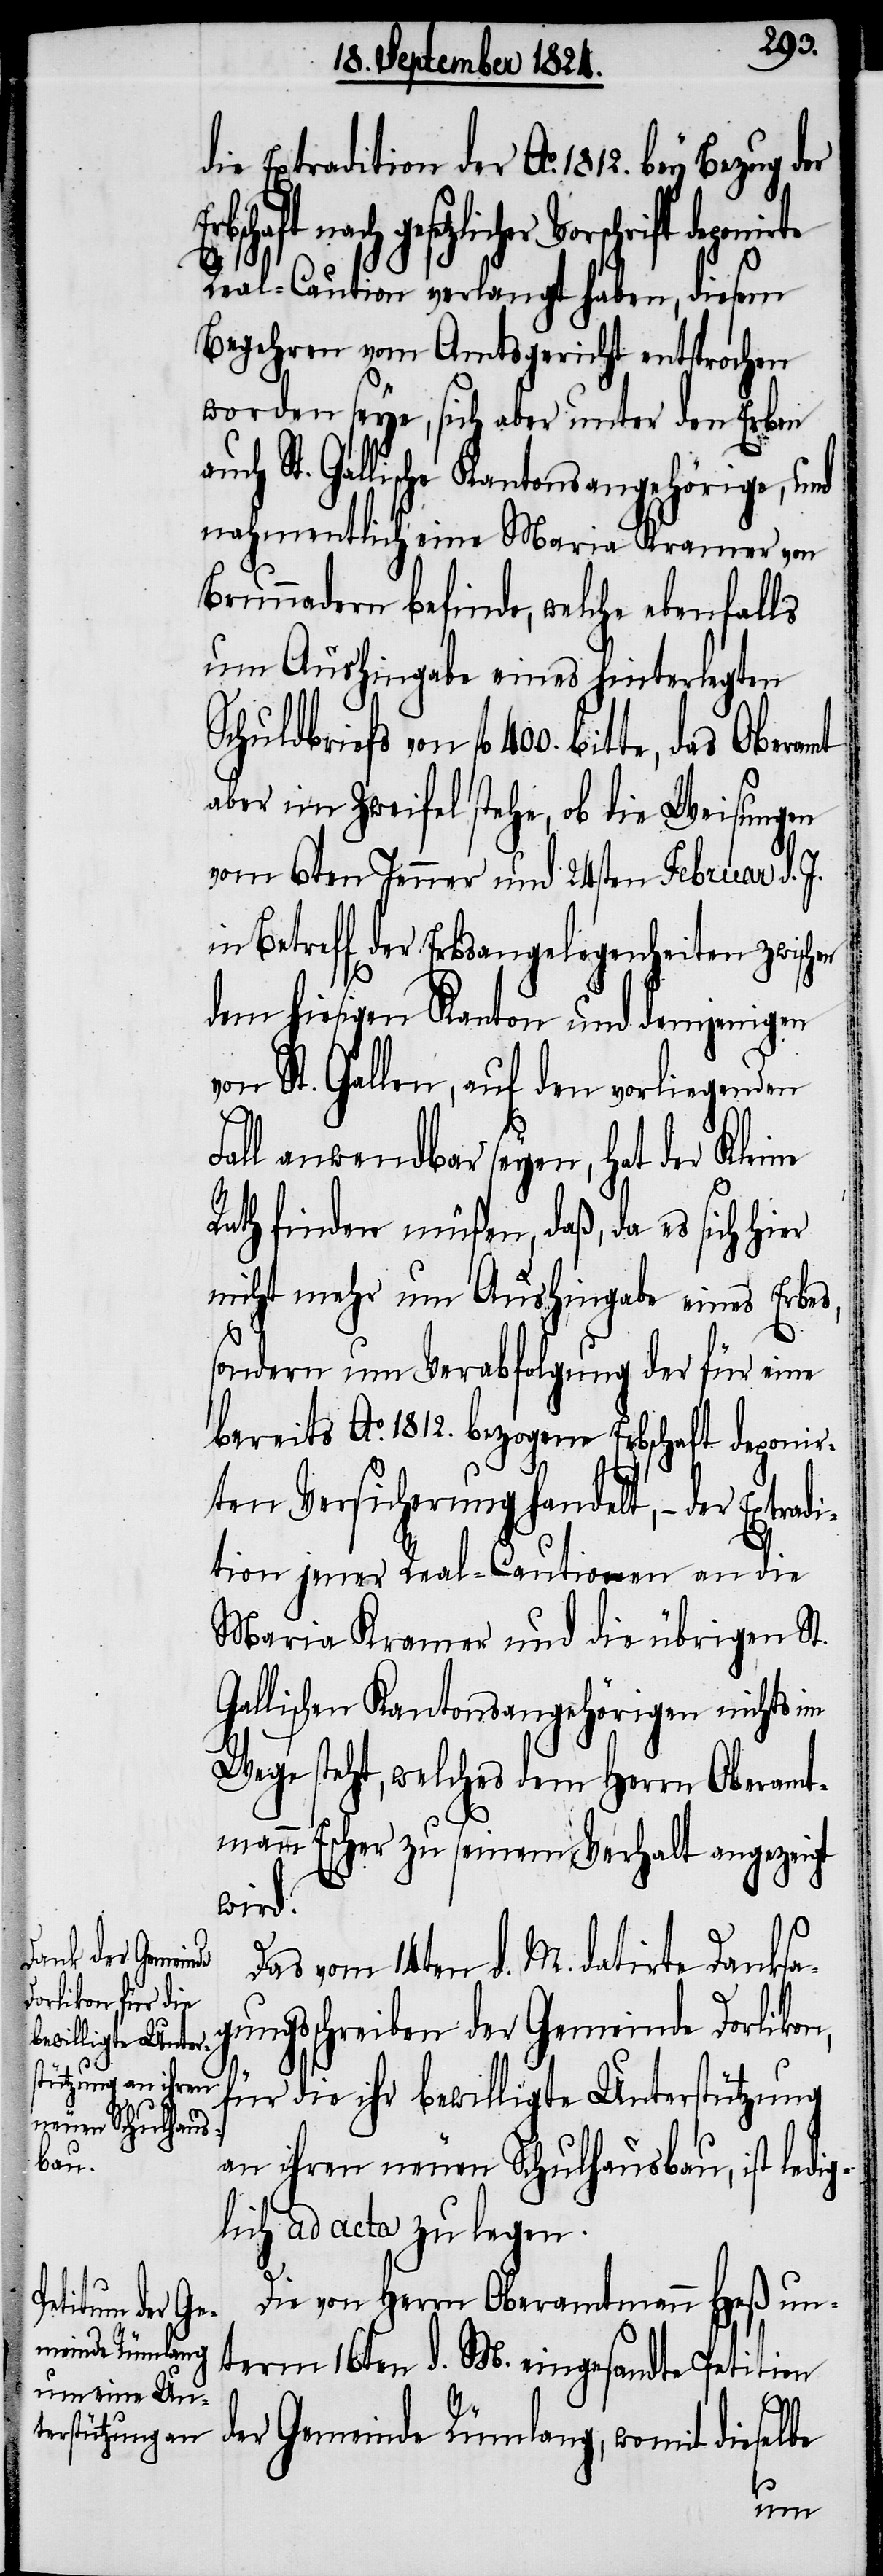
die Extradition der Ao. 1812. bey
gesetzlicher Vorschrift depon¬
Real-Caution verlangt haben, diesem
Begehren vom Amtsgericht entsprochen
worden seye, sich aber unter den Erben
St. Gallische Kantonsangehörige, und
nahmentlich eine Maria Kramer von
Brunnadern befinde, welche ebenfalls
um Aushingabe eines hinterlegten
aber im Zweifel stehe, ob die Weisungen
vom 6ten Jenner und 24sten Februar d. J.
in Betreff der Erbsangelegenheiten zwisch¬
dem hiesigen Kanton und demjenigen
von St. Gallen, auf den vorliegenden
Fall anwendbar seyen, hat der Kleine
Rath finden müßen, daß, da es sich hier
nicht mehr um Aushingabe eines Erbes,
sondern um Verabfolgung der für eine
bereits Ao. 1812. bezogene Erbschaft deponir¬
ten Versicherung handelt, – der Extr¬
tion jener Real-Cautionen an die
Maria Kramer und die übrigen St.
Gallischen Kantonsangehörigen nichts im
Wege steht, welches dem Herrn Oberamt¬
mann Escher zu seinem Verhalt angezeigt
wird.
Das vom 14ten d. M. datirte Danksag¬
ungsschreiben der Gemeinde Dorlikon,
für die ihr bewilligte Unterstützung
an ihren neuen Schulhausbau, ist ledi¬
glich ad acta zu legen.
Die von Herrn Oberamtmann Heß un¬
term 16ten d. M. eingesandte Petition
adi¬
der Gemeinde Rümlang, womit diesel¬
be